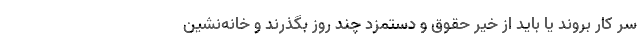
سر کار بروند یا باید از خیر حقوق و دستمزد چند روز بگذرند و خانه‌نشین